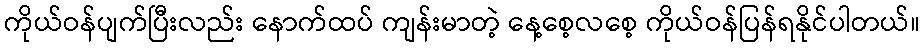
ကိုယ်ဝန်ပျက်ပြီးလည်း နောက်ထပ် ကျန်းမာတဲ့ နေ့စေ့လစေ့ ကိုယ်ဝန်ပြန်ရနိုင်ပါတယ်။